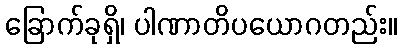
ခြောက်ခုရှိ၊ ပါဏာတိပယောဂတည်း။